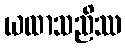
ယထာသညိဿ